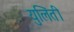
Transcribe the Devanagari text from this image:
युलिंती